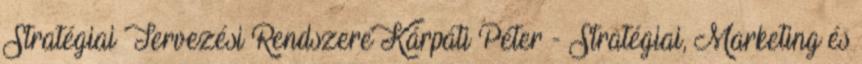
Stratégiai Tervezési Rendszere Kárpáti Péter - Stratégiai, Marketing és